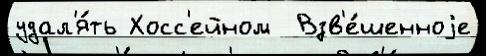
удал'я́ть Хосс'ейном  Взв'е́шенноjе